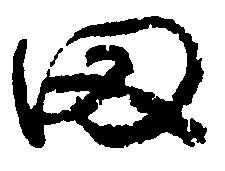
田